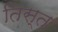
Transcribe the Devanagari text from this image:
तिस्‍त